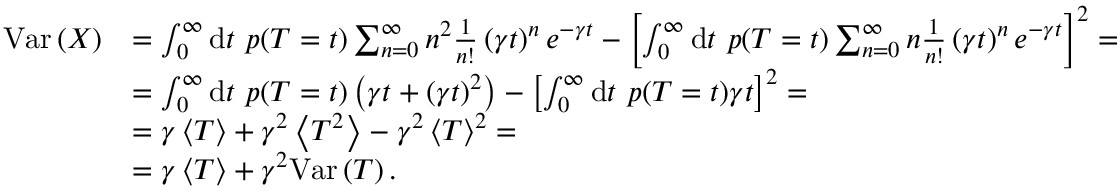
\begin{array} { r l } { \mathrm { V a r } \left( X \right) } & { = \int _ { 0 } ^ { \infty } \mathrm { d } t \ p ( T = t ) \sum _ { n = 0 } ^ { \infty } n ^ { 2 } \frac { 1 } { n ! } \left( \gamma t \right) ^ { n } e ^ { - \gamma t } - \left[ \int _ { 0 } ^ { \infty } \mathrm { d } t \ p ( T = t ) \sum _ { n = 0 } ^ { \infty } n \frac { 1 } { n ! } \left( \gamma t \right) ^ { n } e ^ { - \gamma t } \right] ^ { 2 } = } \\ & { = \int _ { 0 } ^ { \infty } \mathrm { d } t \ p ( T = t ) \left( \gamma t + ( \gamma t ) ^ { 2 } \right) - \left[ \int _ { 0 } ^ { \infty } \mathrm { d } t \ p ( T = t ) \gamma t \right] ^ { 2 } = } \\ & { = \gamma \left\langle T \right\rangle + \gamma ^ { 2 } \left\langle T ^ { 2 } \right\rangle - \gamma ^ { 2 } \left\langle T \right\rangle ^ { 2 } = } \\ & { = \gamma \left\langle T \right\rangle + \gamma ^ { 2 } \mathrm { V a r } \left( T \right) . } \end{array}